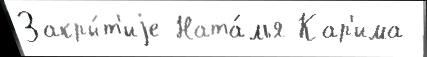
Закры́т'иjе Ната́лья Кар'има